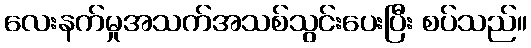
လေးနက်မှုအသက်အသစ်သွင်းပေးပြီး စပ်သည်။